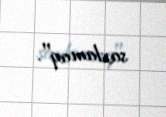
saxlamaq".